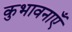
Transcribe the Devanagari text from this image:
कुभावनाएँ